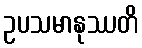
ဥပသမာနုဿတိ